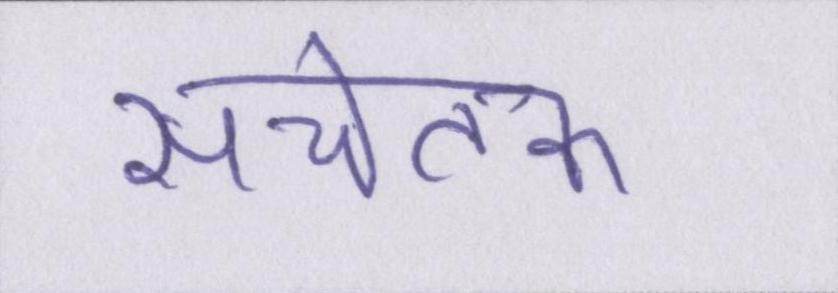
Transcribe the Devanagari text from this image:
सचेतक